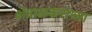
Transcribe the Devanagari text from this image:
शेवाळकरांच्या